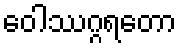
ဝေါဿဂ္ဂရတော